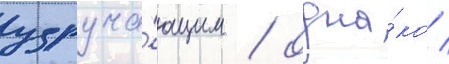
удруча́ющим / одна́ко /